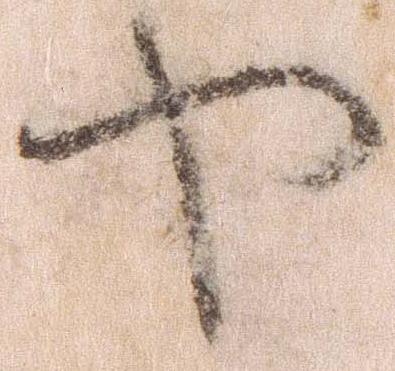
や